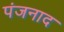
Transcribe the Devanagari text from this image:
पंजनाद